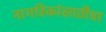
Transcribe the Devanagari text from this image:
नागरिकांसाठीचा